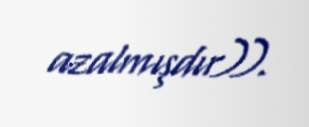
azalmışdır)).